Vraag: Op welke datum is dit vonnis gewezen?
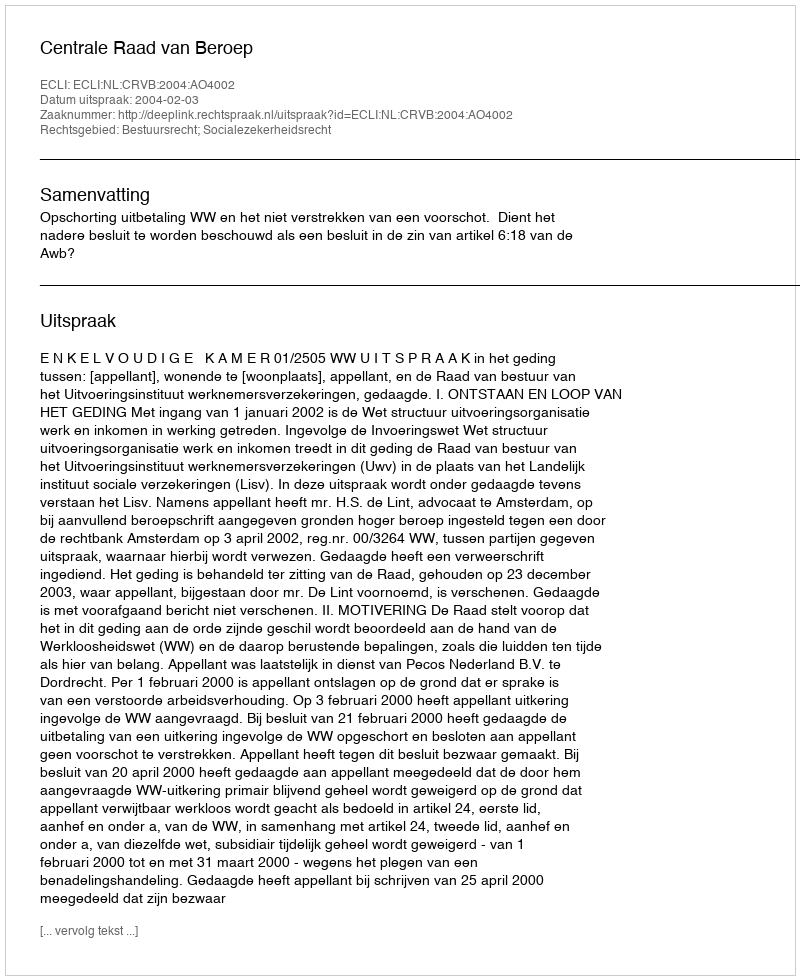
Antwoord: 2004-02-03